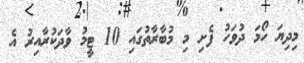
މިދިޔަ ހޯމަ ދުވަހު ފެށި މި މުބާރާތުގައި 10 ޓީމު ވާދަކުރާއިރު އެ